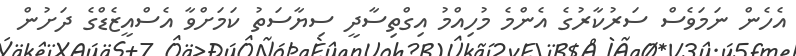
އެހެން ނަމަވެސް ސަރުކާރުގެ އެންމެ މުހިއްމު އިގްތިސާދީ ސިޔާސަތު ކަމަށްވާ އެސްއީޒެޑްގެ ދަށުން